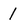
Character: 1